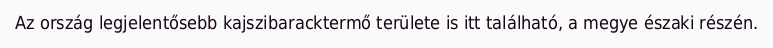
Az ország legjelentősebb kajszibaracktermő területe is itt található, a megye északi részén.